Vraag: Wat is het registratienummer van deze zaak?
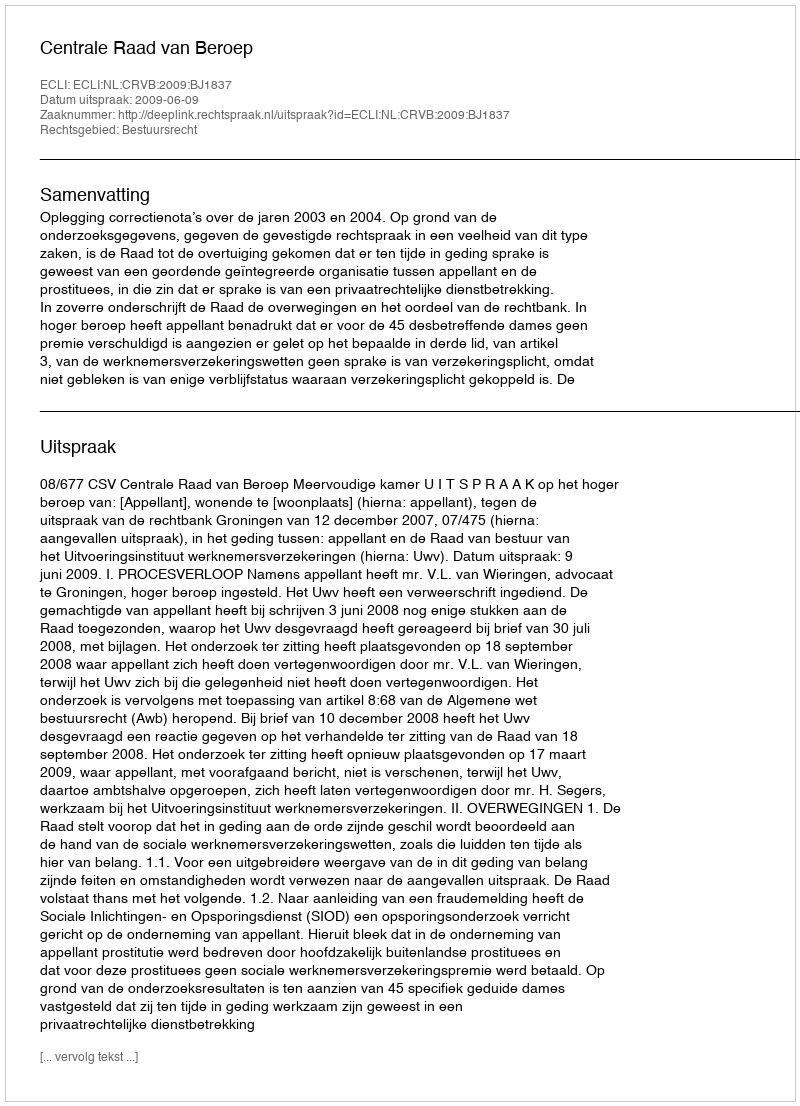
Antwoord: http://deeplink.rechtspraak.nl/uitspraak?id=ECLI:NL:CRVB:2009:BJ1837